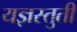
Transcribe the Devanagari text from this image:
यज्ञस्तुती